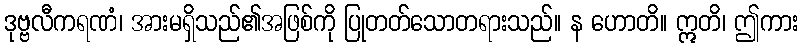
ဒုဗ္ဗလီကရဏံ၊ အားမရှိသည်၏အဖြစ်ကို ပြုတတ်သောတရားသည်။ န ဟောတိ။ ဣတိ၊ ဤကား